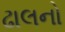
ઢાલનો